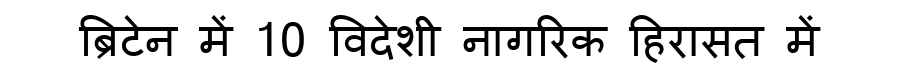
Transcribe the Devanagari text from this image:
ब्रिटेन में 10 विदेशी नागरिक हिरासत में